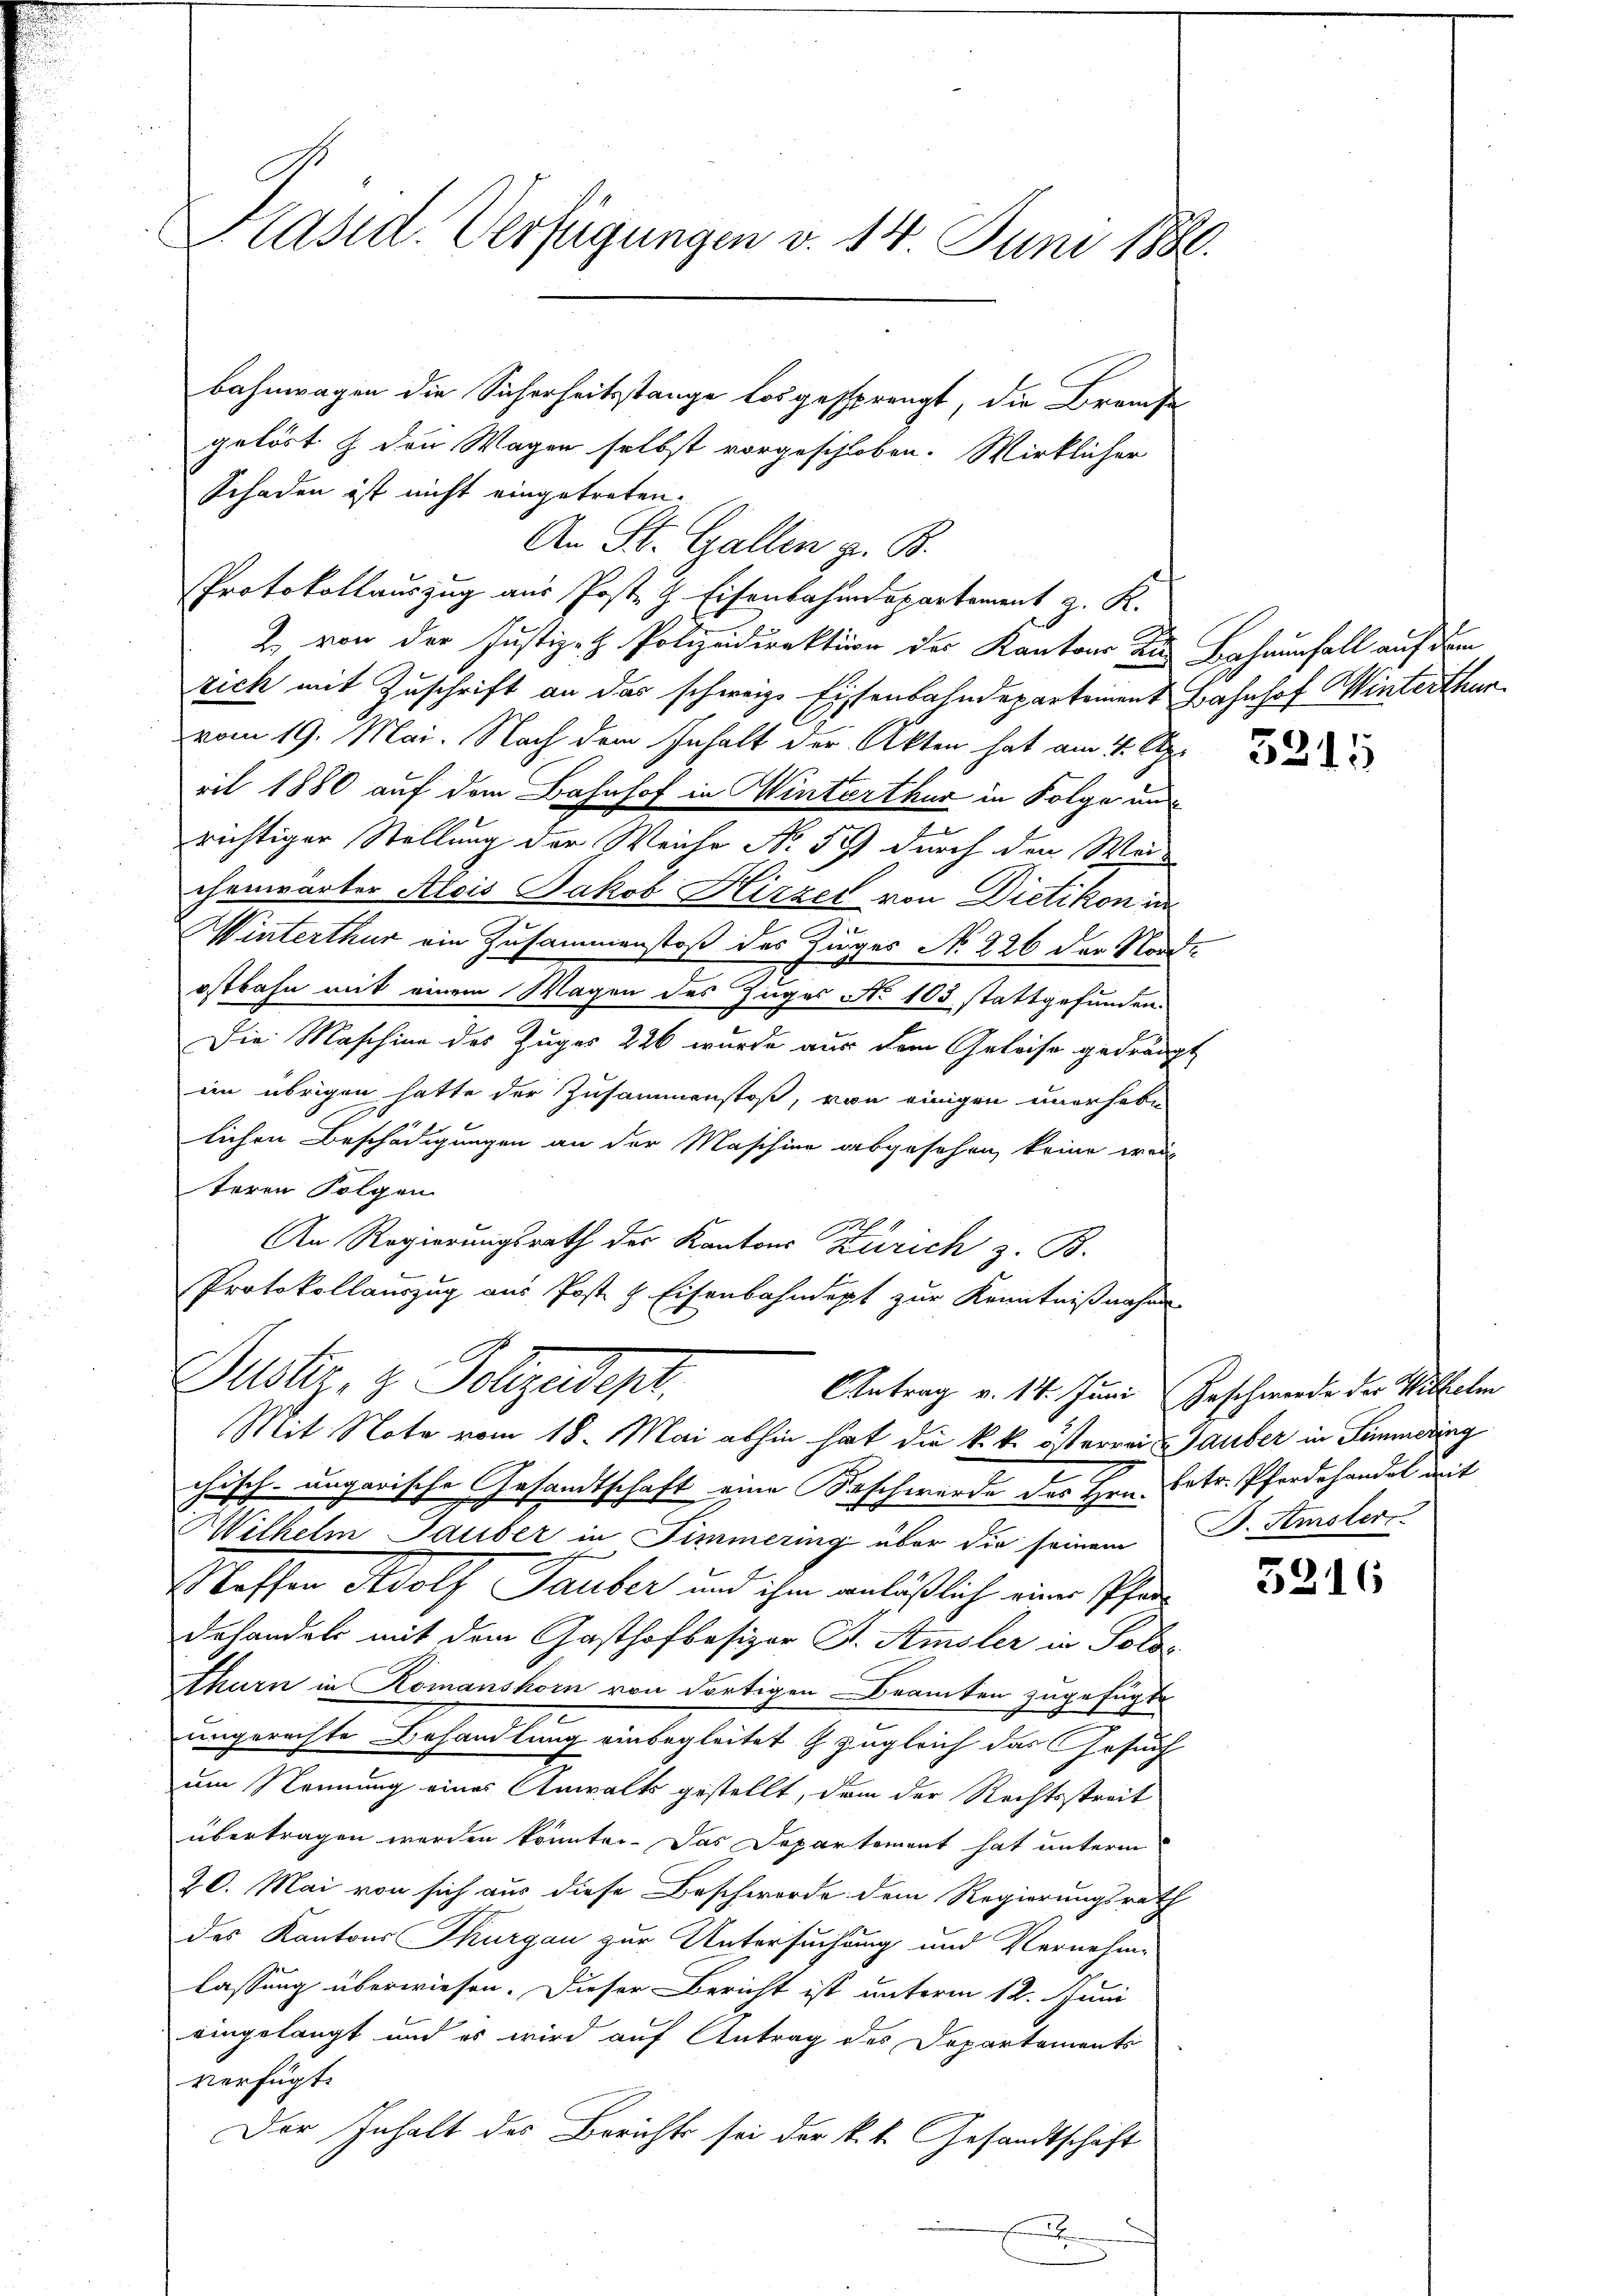
Präsid. Verfügungen v. 14. Juni 1886.

Bahnwagen die Sicherheitsstange losgesprengt, die Branst
gelöst & den Wagen selbst vorgeschloben. Wirklicher
Schaden ist nicht eingetreten.
An St. Gallen z. B.
Protokollauszug aus Poste H. Eisenbahndepartement z. K.
2. von der Justiz- Polizeidirektion des Kantons Kur Behausfall auf dem
rich mit Zuschrift an das schweiz. Eisenbahndepartement Bahnhof Winterthur
vom 19. Mai. Nach dem Inhalt der Akten hat am 4. Apr
ril 1880 auf dem Bahnhof in Winterthur in Folge und
richtiger Stellung der Weiche No 59 durch den Wächenwärter Alois Jakob Hirzel von Dietikon in
Winterthur ein Zusammenstoß des Zuges No 226 der Nord-
ostbahn mit einem Wagen des Zuges No 103 stattgefunden.
Die Maschine des Zuges 226 wurde aus dem Geleise gedrängt
im übrigen hatte der Zusammenstoß, von einigen unerhebe
lichen Beschädigungen an der Maschine abgesehen, keine wei-
teren Folgen
1
An Regierungsrath der Kantons Zürich z. B.
Protokollauszug aus Post & Eisenbahndept zur Kenntnißnahme
Dustr. z. Folgendept.
Antrag v. 14. Juni Geschwerde der Wilhelm
Mit Note vom 18. Mai abhin hat die k. k. österrei Zauber in Simmering
chisch-ungarische Gesandtschaft eine Kaschwerde des Hrn. Betr. Pferdehandel mit
Wilhelm Tauber in Simmering über die seinem D. Smoler
Mossen Adolf Tauber und ihm anläßlich eine Pfardrhandels mit dem Gasthofbesizer St. Amsler in Polos
thurn in Komanshorn von dortigen Beamten zugefügt
ungerechte Behandlung einbegleitet zugleich das Gesuch
um Nennung eines Anwalts gestellt, dem der Rechtsstreit
übertragen werden könnten. Das Departement hat unterm
20. Mai von sich aus diese Beschwerde dem Regierungsrath
des Kantons Thurgau zur Untersuchung und Vernehm-
lassung überwiesen. Dieser Bericht ist unterm 12. Juni
eingelangt und es wird auf Antrag des Departements
verfügt:
Der Inhalt des Berichts sei der k.k. Gesandtschaft
x

3215

3216